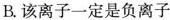
B.该离子一定是负离子